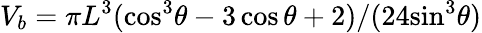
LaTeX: V_{b}={\pi{L}^{3}}({{{\cos}^{3}}\theta-3\cos\theta+2})/({24{{\sin}^{3}}\theta})